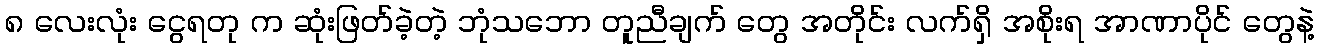
၈ လေးလုံး ငွေရတု က ဆုံးဖြတ်ခဲ့တဲ့ ဘုံသဘော တူညီချက် တွေ အတိုင်း လက်ရှိ အစိုးရ အာဏာပိုင် တွေနဲ့